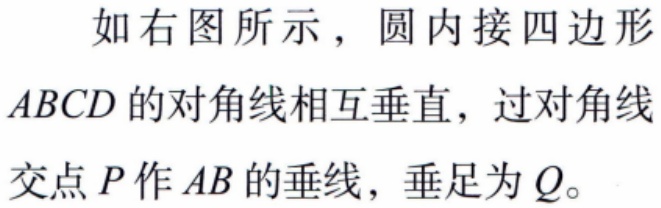
如右图所示，圆内接四边形\(ABCD\)的对角线相互垂直，过对角线交点\(P\)作\(AB\)的垂线，垂足为\(Q\)。